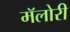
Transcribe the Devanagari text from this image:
मॅलोरी